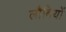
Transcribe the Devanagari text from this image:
लौबियों